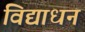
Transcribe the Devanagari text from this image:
विद्याधनं